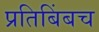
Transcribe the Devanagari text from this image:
प्रतिबिंबच